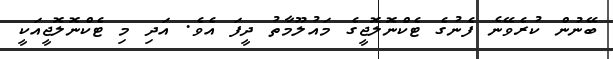
ބޭނުން ކުރެވޭނެ ފެނުގެ ޓެކްނޮލޮޖީގެ މައުލޫމާތު ދީފަ އެވެ. އަދި މި ޓެކްނޮލޮޖީއަކީ